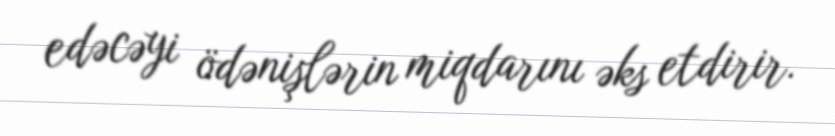
edəcəyi ödənişlərin miqdarını əks etdirir.